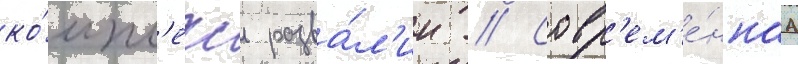
ко́мпл'екс разва́л'ин // Совр'ем'е́ннаа